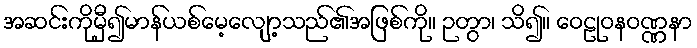
အဆင်းကိုမှီ၍မာန်ယစ်မေ့လျော့သည်၏အဖြစ်ကို။ ဉတွာ၊ သိ၍။ ဝေဠုဝနဝဏ္ဏနာ